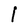
Character: l